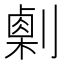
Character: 𠟫